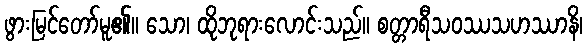
ဖွားမြင်တော်မူ၏။ သော၊ ထိုဘုရားလောင်းသည်။ စတ္တာရီသဝဿသဟဿာနိ၊